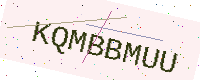
Text: KQMBBMUU